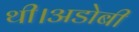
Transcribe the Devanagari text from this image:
थी।अडोबी